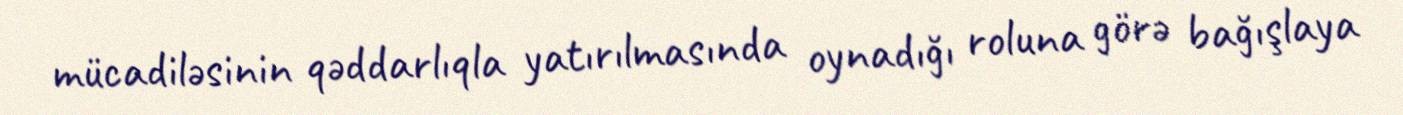
mücadiləsinin qəddarlıqla yatırılmasında oynadığı roluna görə bağışlaya